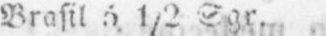
Brasil 6 1/2 Sgr.